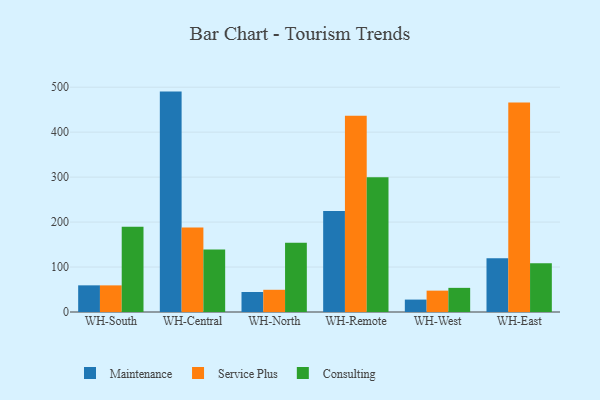
{"axis": {"x": "Warehouse", "y": "Gross Profit (USD K)"}, "legend": ["Consulting", "Maintenance", "Service Plus"], "data": [{"x": "WH-South", "y": 59.3, "type": "Maintenance"}, {"x": "WH-South", "y": 59.2, "type": "Service Plus"}, {"x": "WH-South", "y": 189.5, "type": "Consulting"}, {"x": "WH-Central", "y": 490.2, "type": "Maintenance"}, {"x": "WH-Central", "y": 187.9, "type": "Service Plus"}, {"x": "WH-Central", "y": 139.1, "type": "Consulting"}, {"x": "WH-North", "y": 44.5, "type": "Maintenance"}, {"x": "WH-North", "y": 49.4, "type": "Service Plus"}, {"x": "WH-North", "y": 153.8, "type": "Consulting"}, {"x": "WH-Remote", "y": 224.7, "type": "Maintenance"}, {"x": "WH-Remote", "y": 436.7, "type": "Service Plus"}, {"x": "WH-Remote", "y": 299.8, "type": "Consulting"}, {"x": "WH-West", "y": 27.6, "type": "Maintenance"}, {"x": "WH-West", "y": 47.5, "type": "Service Plus"}, {"x": "WH-West", "y": 53.7, "type": "Consulting"}, {"x": "WH-East", "y": 119.5, "type": "Maintenance"}, {"x": "WH-East", "y": 466.1, "type": "Service Plus"}, {"x": "WH-East", "y": 108.6, "type": "Consulting"}]}